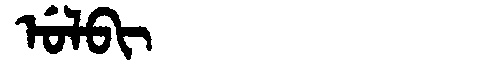
Manchu: ᡠᠯᠪᡳ
Romanization: ULBI